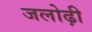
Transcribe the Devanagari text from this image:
जलोढ़ी